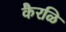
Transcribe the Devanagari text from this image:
कैरळि